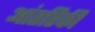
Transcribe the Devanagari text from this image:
आंतरिकी